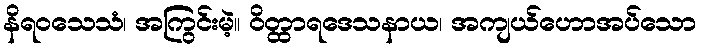
နိရဝသေသံ၊ အကြွင်းမဲ့။ ဝိတ္ထာရဒေသနာယ၊ အကျယ်ဟောအပ်သော